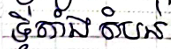
ទីតាំងតំបន់